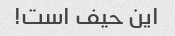
این حیف است!